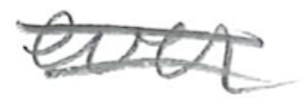
Text: ever
Cross-out: double-line
Writing tool: pencil